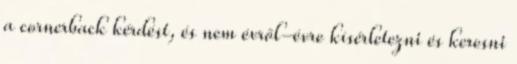
a cornerback kérdést, és nem évről-évre kísérletezni és keresni